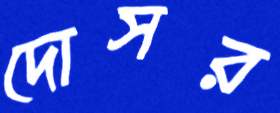
দোসর